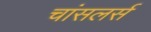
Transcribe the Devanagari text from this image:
चांसलर्स